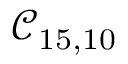
\mathcal { C } _ { 1 5 , 1 0 }